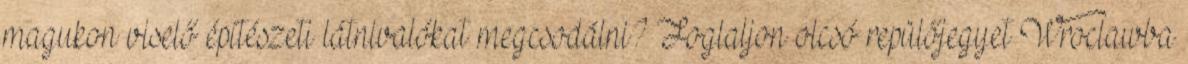
magukon viselő építészeti látnivalókat megcsodálni? Foglaljon olcsó repülőjegyet Wroclawba